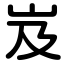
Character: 岌